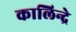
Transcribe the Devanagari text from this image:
कालिन्द्रे